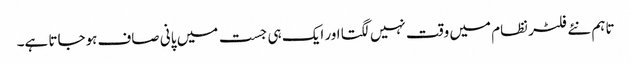
تاہم نئے فلٹر نظام میں وقت نہیں لگتا اور ایک ہی جست میں پانی صاف ہوجاتا ہے۔